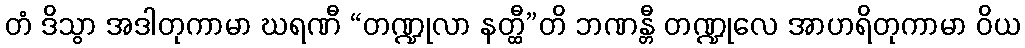
တံ ဒိသွာ အဒါတုကာမာ ဃရဏီ “တဏ္ဍုလာ နတ္ထီ”တိ ဘဏန္တီ တဏ္ဍုလေ အာဟရိတုကာမာ ဝိယ